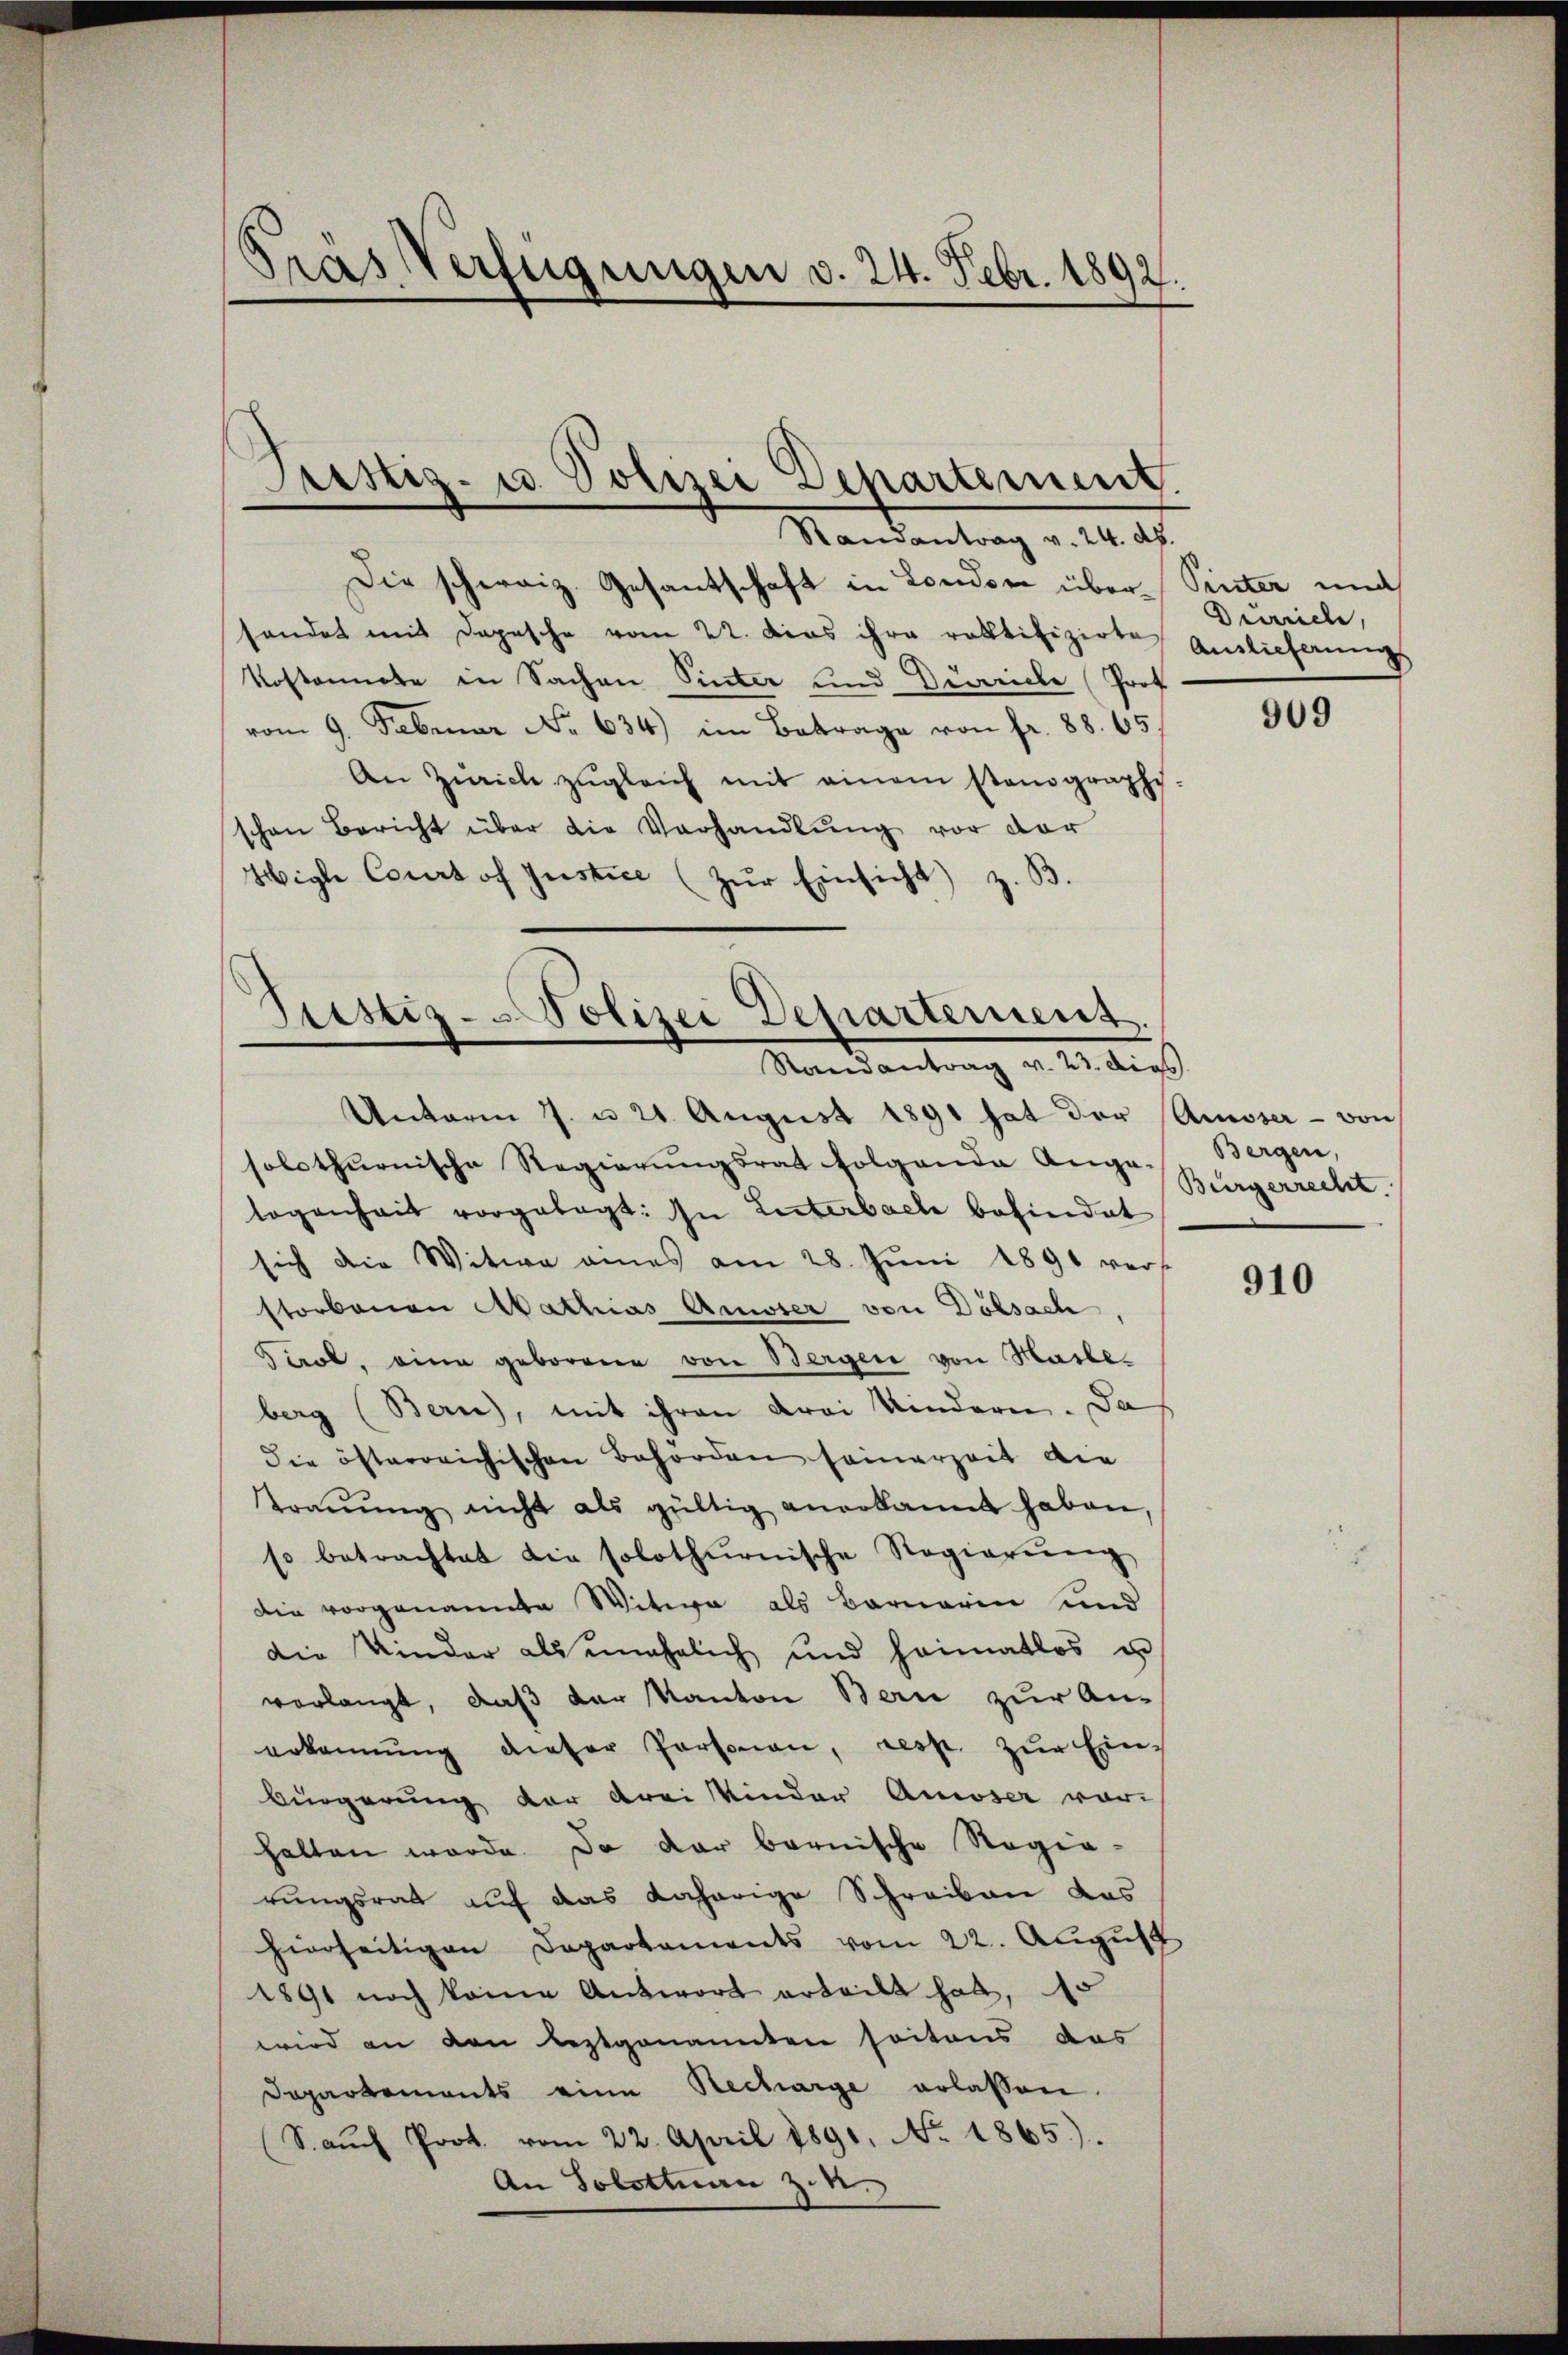
Gras Verfügungen v. 24. Febr. 1892.

Die schweiz. Gesantschaft in London über Pinter und
handet mit Depesche vom 22. Dies ihre ratifizirte Auslieferung
Rostonnete in Sachen Sinter und Beriche Prof.
vom 9. Februar No 634) im Betrage von fr. 88. 65
An Zürich zŭgleich mit einem stanographe
schen Bericht über die Verhandlŭng vor der
Wigle Court of Justice (zur Einsicht) z. B.

Fristiz- u. Polizei Departement.
Randantrag v. 24. d.

Justiz-Polizei Departement.
Randantrag v. 23. dies

Unterm 7. u 24 August 1891 hat der Ausser - von
solothurnische Regierŭngsrat folgende Ange-
logenheit vorgelegt: In Literbach befindet
sich die Witwe eines am 28. Jŭni 1891 vers
storbenen Mathias Amiser von Dölsach,
Tirol, eine geborene von Bergen von Hasle-
berg (Bern), mit ihren drei Kindern. Da
die österreichischen Behörden seinerzeit die
traŭŭng nicht als gültig anerkannt haben,
so betrachtet die solothurnische Regierŭng
die vorgenannte Witwe als Barnerin und
die Kinder als unehelich und heimatlos u
vorlangt, daß der Kanton Bern zur An-
erkennung dieser Personen, resp. zŭr Ein-
bürgerung der drei Kinder Ausser vor-
halten werde. Da der bernische Regia-
rungsrat auf das daherige Schreiben das
hierseitigen Departaments vom 22. Aŭgŭst
1891 noch keine Antwort erteilt hat,
wird an den leztgenannten seitens das
Departements eine Recharge erlassen.
S. auch Prot. vom 22. April 1891. No. 1865).
An Solothurn Z. n.

Drrrich,

909

Bergen,
Bürgerrecht.

910